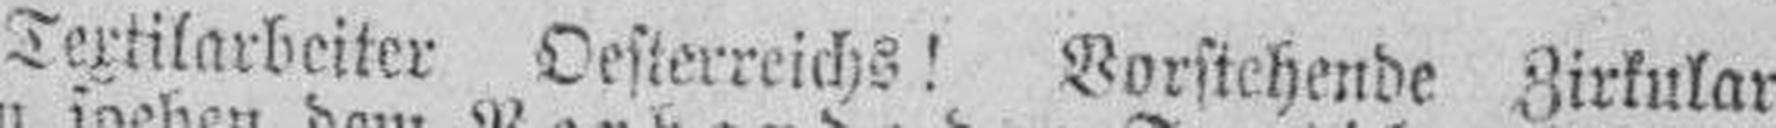
Textilarbeiter Oesterreichs! Vorstehende Zirkulare